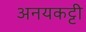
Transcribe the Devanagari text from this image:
अनयकट्टी